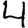
Digit: 4